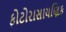
ફોટોરાસાયણિક